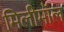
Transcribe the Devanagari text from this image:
मिलीमॉल